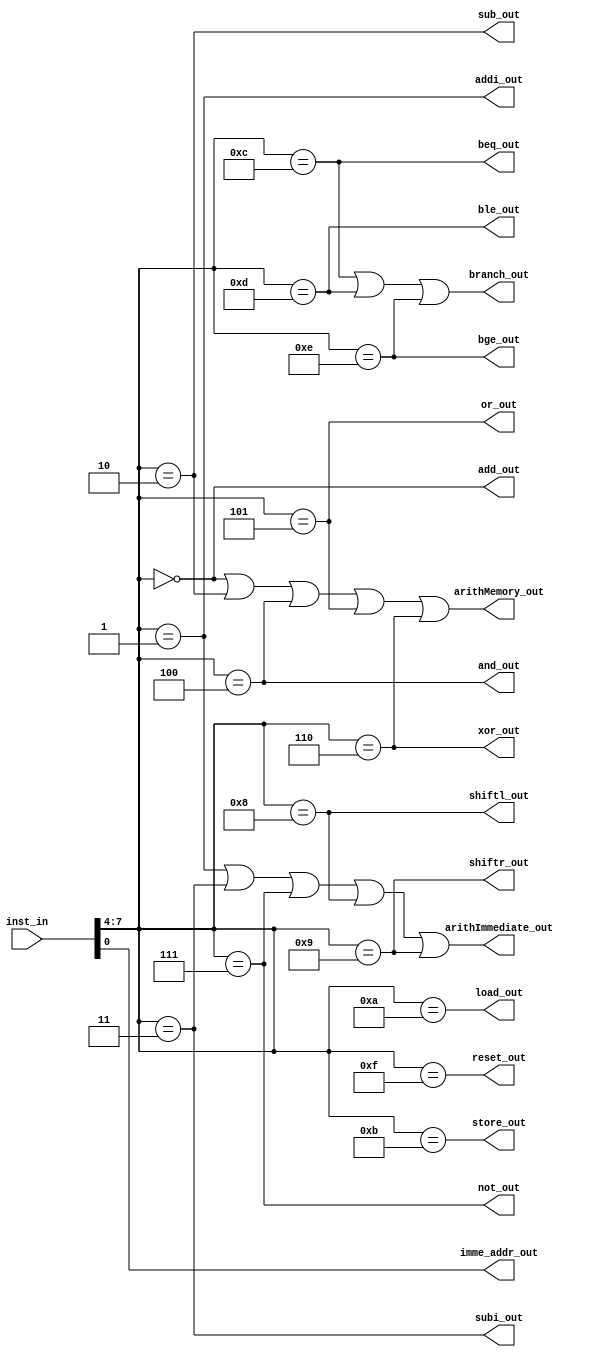
`define ADD 4'b0000
`define ADDI 4'b0001
`define SUB 4'b0010
`define SUBI 4'b0011
`define AND 4'b0100
`define OR 4'b0101
`define XOR 4'b0110
`define NOT 4'b0111
`define SHIFTL 4'b1000
`define SHIFTR 4'b1001
`define LOAD 4'b1010
`define STORE 4'b1011
`define BEQ 4'b1100
`define BLE 4'b1101
`define BGE 4'b1110
`define RESET 4'b1111


module Decoder (inst_in, branch_out, arithImmediate_out, arithMemory_out,
                add_out, addi_out, sub_out, subi_out, and_out, or_out, xor_out, not_out, shiftl_out, shiftr_out,
                load_out, store_out, beq_out, ble_out, bge_out, reset_out, imme_addr_out);
//-----------Input Ports---------------
input [7:0] inst_in;

//-----------Output Ports---------------
output branch_out, arithImmediate_out, arithMemory_out,
       add_out, addi_out, sub_out, subi_out, and_out, or_out, xor_out, not_out, shiftl_out, shiftr_out,
       load_out, store_out, beq_out, ble_out, bge_out, reset_out, imme_addr_out;

//------------Internal Variables--------
wire [3:0] opcode;

//-------------Code Starts Here---------
// Qualify the control signal by clka and clkb for the d1 and d2 and d_out registers

assign opcode = inst_in[7:4];
assign imme_addr_out = inst_in[3:0];

assign branch_out = (opcode == `BEQ | opcode == `BLE | opcode == `BGE);
assign arithImmediate_out = (opcode == `ADDI | opcode == `SUBI | opcode == `NOT | opcode == `SHIFTL | opcode == `SHIFTR);
assign arithMemory_out = (opcode == `ADD | opcode == `SUB | opcode == `AND | opcode == `OR | opcode == `XOR);


assign add_out = (opcode == `ADD);
assign addi_out = (opcode == `ADDI);
assign sub_out = (opcode == `SUB);
assign subi_out = (opcode == `SUBI);
assign and_out = (opcode == `AND);
assign or_out = (opcode == `OR);
assign xor_out = (opcode == `XOR);
assign not_out = (opcode == `NOT);
assign shiftl_out = (opcode == `SHIFTL);
assign shiftr_out = (opcode == `SHIFTR);
assign load_out = (opcode == `LOAD);
assign store_out = (opcode == `STORE);
assign beq_out = (opcode == `BEQ);
assign ble_out = (opcode == `BLE);
assign bge_out = (opcode == `BGE);
assign reset_out = (opcode == `RESET);




endmodule //End Of Module dp  datapath